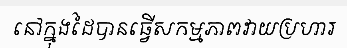
នៅក្នុងដៃបានធ្វើសកម្មភាពវាយប្រហារ